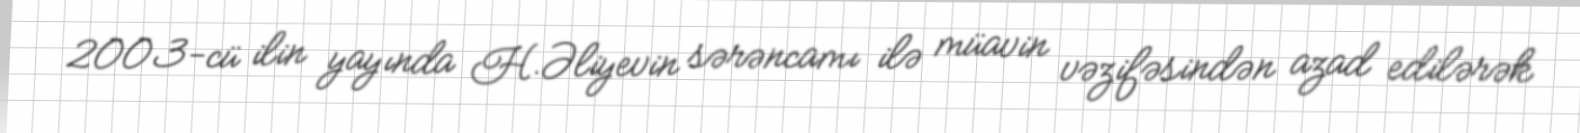
2003-cü ilin yayında H.Əliyevin sərəncamı ilə müavin vəzifəsindən azad edilərək